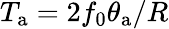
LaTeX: T_{\mathrm{a}}=2f_{0}\theta_{\mathrm{a}}/R